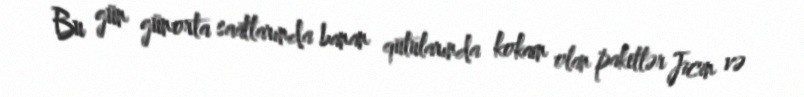
Bu gün günorta saatlarında banan qutularında kokain olan paketlər Jicin və